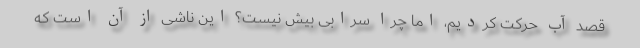
قصد آب حرکت کردیم، امّا چرا سرابی بیش نیست؟ این ناشی از آن است که